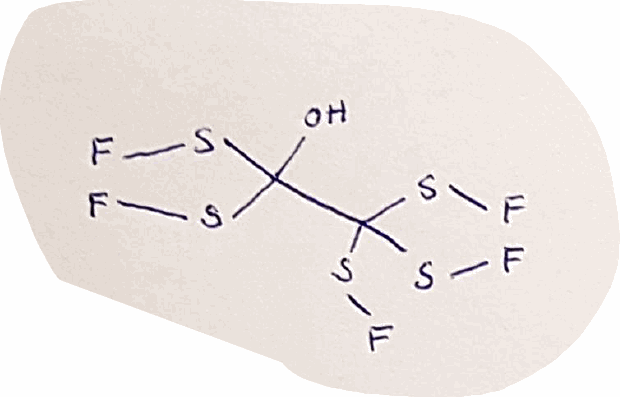
Simplified molecular-input line-entry system (SMILES) notation of the given molecule:
C(C(SF)(SF)SF)(O)(SF)SF